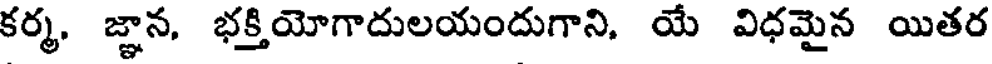
కర్మ, జ్ఞాన, భక్తియోగాదులయందుగాని, యే విధమైన యితర